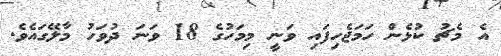
އެ މެޗު ކުޅެން ހަމަޖެހިފައި ވަނީ މިމަހުގެ 18 ވަނަ ދުވަހު މާލޭގައެވެ.